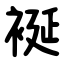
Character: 䘰